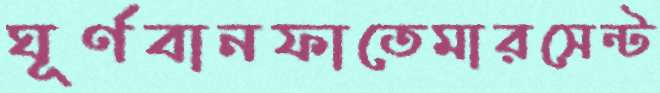
ঘূর্ণবানফাতেমারসেন্ট